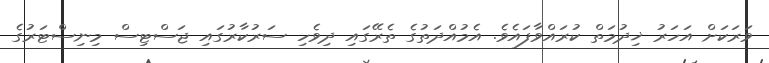
ވަރަކަށް އަހަރު ޚިދުމަތް ކުރައްވާފައެވެ. އެމުއްދަތުގެ ތެރޭގައި ދިވެހި ސަރުކާރުގައި ޖަސްޓިސް މިނިސްޓަރުގެ